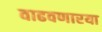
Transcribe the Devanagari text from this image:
वाढवणारया